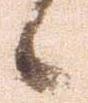
候